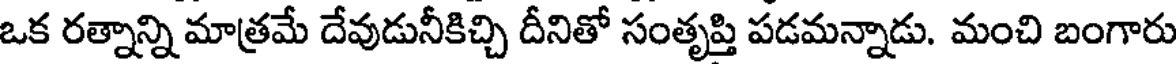
ఒక రత్నాన్ని మాత్రమే దేవుడునీకిచ్చి దీనితో సంతృప్తి పడమన్నాడు. మంచి బంగారు